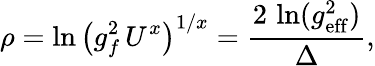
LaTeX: \rho=\ln\left(g_{f}^{2}\, U^{x}\right)^{1/x}={\frac{2\, \ln(g_{\mathrm{eff}}^{2})}{\Delta}},